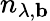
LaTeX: n_{\lambda,\mathbf{b}}